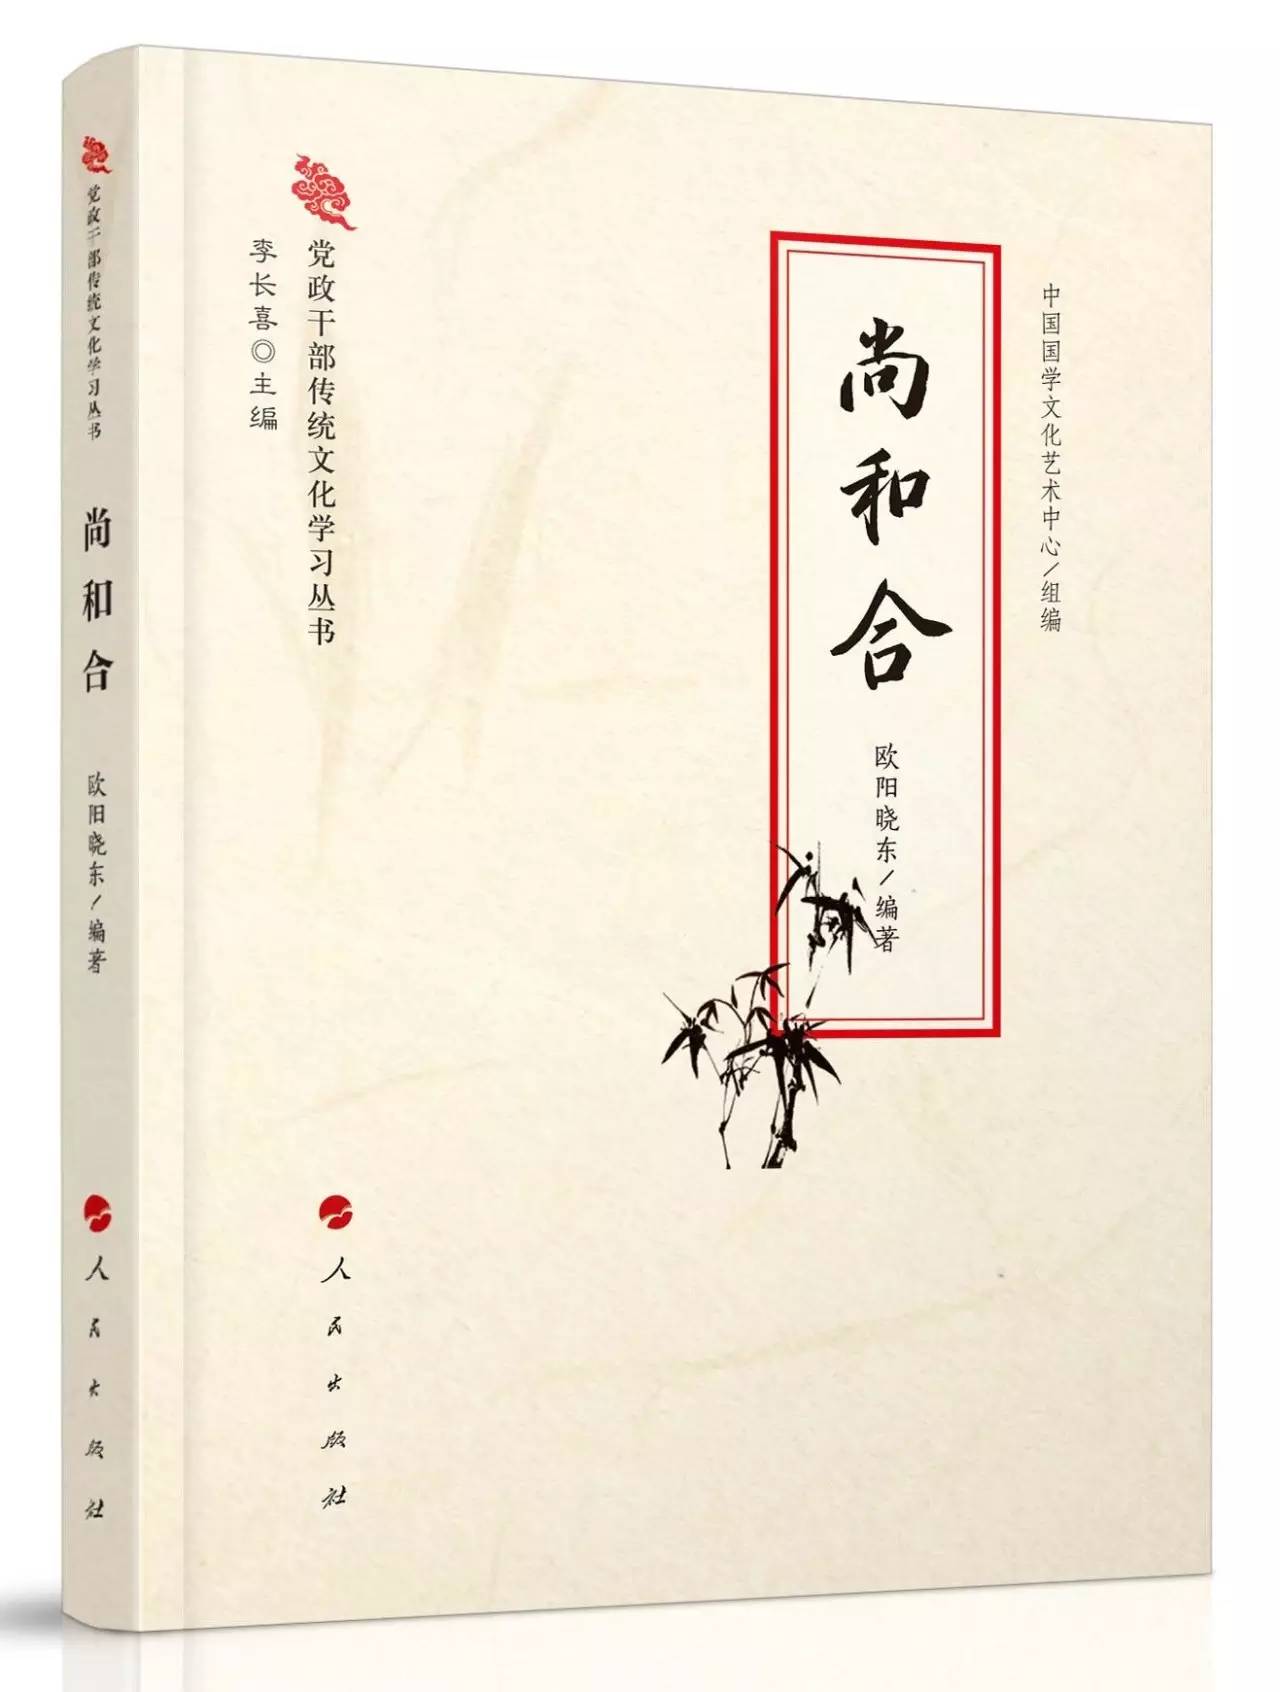
学者非必为仕，而仕者必为学。